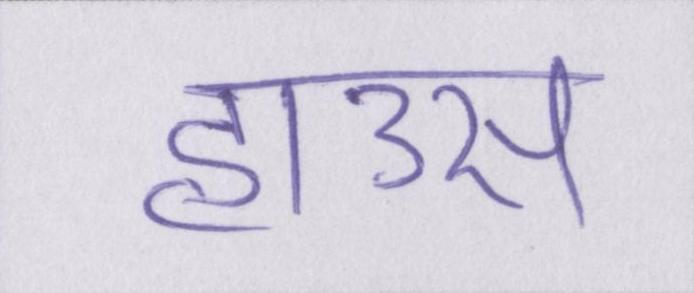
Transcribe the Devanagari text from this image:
हाउस